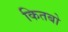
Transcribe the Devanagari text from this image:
कितबो